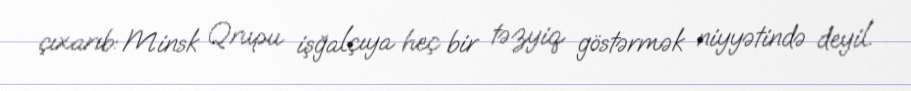
çıxarıb: Minsk Qrupu işğalçıya heç bir təzyiq göstərmək niyyətində deyil.